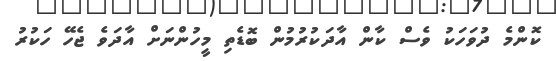
ކޮންމެ ދުވަހަކު ވެސް ކާން އާދަކުރުމުން ބޮޑެތި މީހުންނަށް އާދަވެ ޖެހޭ ހަކުރު